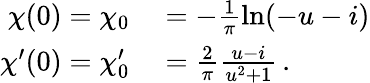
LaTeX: \begin{array}{rl}{\chi(0)=\chi_{0}}&{{}=-\frac{1}{\pi}\ln(-u-i)}\\ {\chi^{\prime}(0)=\chi_{0}^{\prime}}&{{}=\frac{2}{\pi}\frac{u-i}{u^{2}+1}\, .}\end{array}